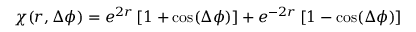
\chi ( r , \Delta \phi ) = e ^ { 2 r } \left[ 1 + \cos ( \Delta \phi ) \right] + e ^ { - 2 r } \left[ 1 - \cos ( \Delta \phi ) \right]